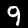
Digit: 9